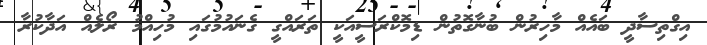
އިގްތިސާދީ ބައެއް މާހިރުން ބުނާގޮތުން ޑިމޮކްރަސީއަކީ ތަރައްގީ ގެނައުމުގައި މުހިއްމު ރޯލެއް އަދާކުރާ